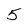
Character: 5